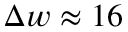
\Delta w \approx 1 6